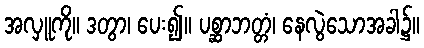
အလှူကို။ ဒတွာ၊ ပေး၍။ ပစ္ဆာဘတ္တံ၊ နေလွဲသောအခါ၌။